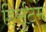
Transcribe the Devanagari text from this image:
हिर्सुटम